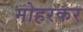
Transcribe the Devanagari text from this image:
मोहरकर